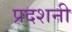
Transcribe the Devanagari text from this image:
प्रदशनी